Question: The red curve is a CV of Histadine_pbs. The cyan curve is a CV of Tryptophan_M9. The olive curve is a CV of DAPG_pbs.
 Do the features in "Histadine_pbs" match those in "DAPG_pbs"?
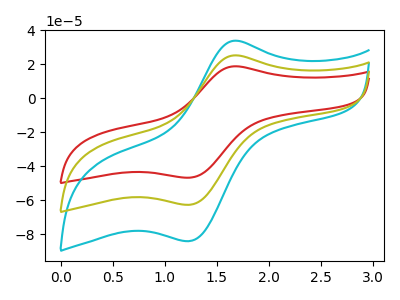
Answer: <think>The red curve "Histadine_pbs" has an anodic peak at (1.70V, 18.85uA) and a cathodic peak at (1.25V, -46.75uA). The cyan curve "Tryptophan_M9" has an anodic peak at (1.70V, 50.60uA) and a cathodic peak at (1.25V, -125.45uA). The olive curve "DAPG_pbs" has an anodic peak at (1.70V, 25.30uA) and a cathodic peak at (1.25V, -62.70uA).
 All the peaks in "Histadine_pbs" have a peak in "DAPG_pbs" at the same potential. Every peak in "Histadine_pbs" is lower than every peak in "DAPG_pbs".</think>
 <answer>"Histadine_pbs" and "DAPG_pbs" are similar in shape.</answer>
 <eval>same_shape</eval>